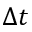
\Delta t